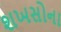
શખસોના